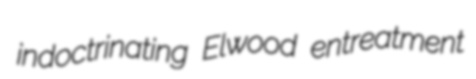
indoctrinating Elwood entreatment